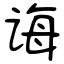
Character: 诲